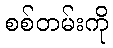
စစ်တမ်းကို